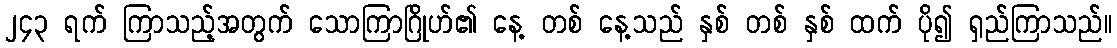
၂၄၃ ရက် ကြာသည့်အတွက် သောကြာဂြိုဟ်၏ နေ့ တစ် နေ့သည် နှစ် တစ် နှစ် ထက် ပို၍ ရှည်ကြာသည်။